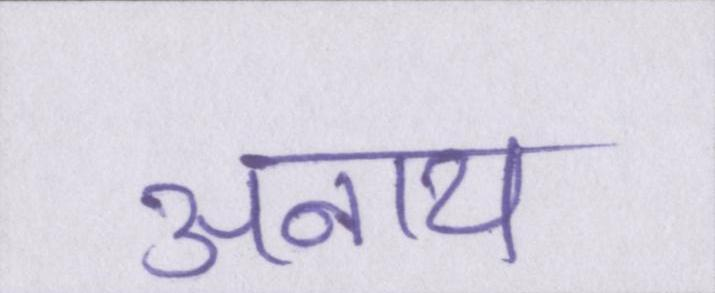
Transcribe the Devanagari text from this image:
अनाथ